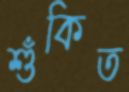
শুঁকিত